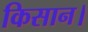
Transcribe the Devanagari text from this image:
किसान।